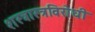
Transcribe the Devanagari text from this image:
शस्त्रास्त्रविरोधी